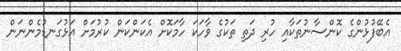
އެބޭފުޅުންގެ ކޮންސާނުތަކާއި ހުރި ދަތި ތަކުގެ ވާހަކަ ހާމަކޮށް އެކަންކަން ކުރުމަށް އަޅުގަނޑުމެންނަން